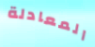
المعادلة